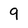
Character: 9